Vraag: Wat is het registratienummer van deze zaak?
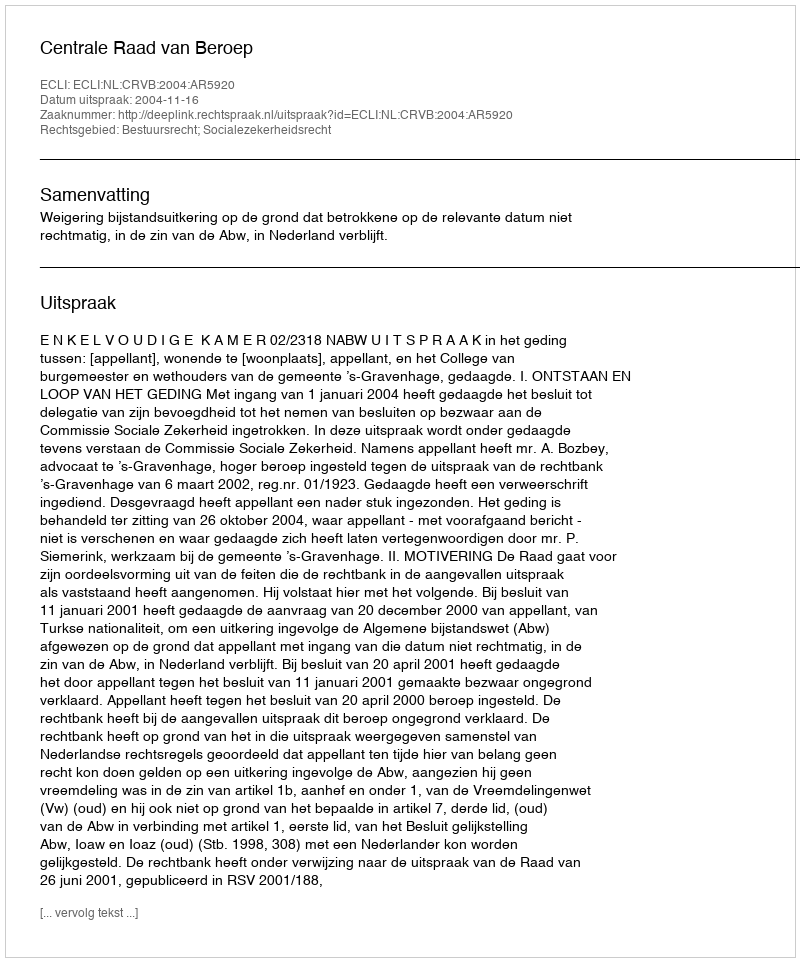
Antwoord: http://deeplink.rechtspraak.nl/uitspraak?id=ECLI:NL:CRVB:2004:AR5920